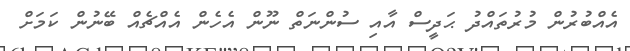
އެއްބުރުން މުރުތައްދު ޙަދީސް އާއި ސުންނަތް ނޫން އެހެން އެއްޗެއް ބޭނުން ކަމަށް